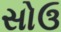
સોઉ